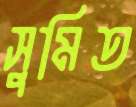
সুমিত